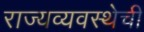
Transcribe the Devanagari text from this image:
राज्यव्यवस्थेची